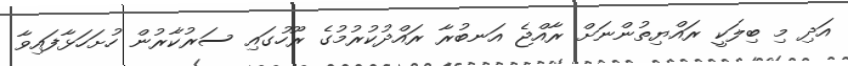
އަދި މި ބިލަކީ ރައްޔިތުންނަށް ރާއްޖެ އަނބުރާ ރައްދުކުރުމުގެ ރޫހުގައި ސަރުކާރުން ހުށަހަޅާފައިވާ